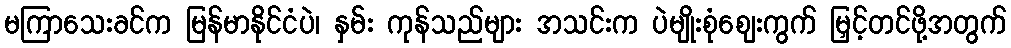
မကြာသေးခင်က မြန်မာနိုင်ငံပဲ၊ နှမ်း ကုန်သည်များ အသင်းက ပဲမျိုးစုံဈေးကွက် မြှင့်တင်ဖို့အတွက်